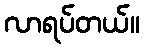
လာရပ်တယ်။